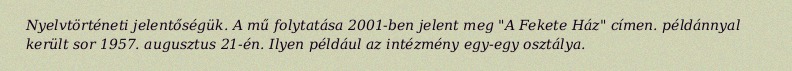
Nyelvtörténeti jelentőségük. A mű folytatása 2001-ben jelent meg "A Fekete Ház" címen. példánnyal került sor 1957. augusztus 21-én. Ilyen például az intézmény egy-egy osztálya.